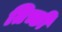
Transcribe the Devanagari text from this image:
तिच्छी